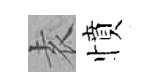
𡊮憤